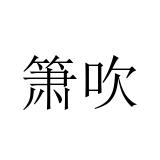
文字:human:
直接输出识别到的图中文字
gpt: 箫吹